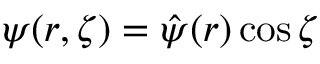
\psi ( r , \zeta ) = \hat { \psi } ( r ) \cos { \zeta }